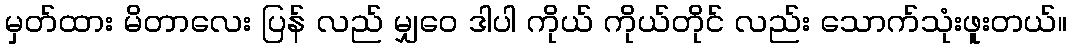
မှတ်ထား မိတာလေး ပြန် လည် မျှဝေ ဒါပါ ကိုယ် ကိုယ်တိုင် လည်း သောက်သုံးဖူးတယ်။